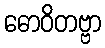
ဓောဝိတဗ္ဗာ